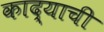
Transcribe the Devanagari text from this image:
काद्याची